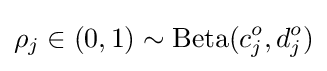
\rho _{j}\in (0,1)\sim \mathrm {Beta} (c_{j}^{o},d_{j}^{o})